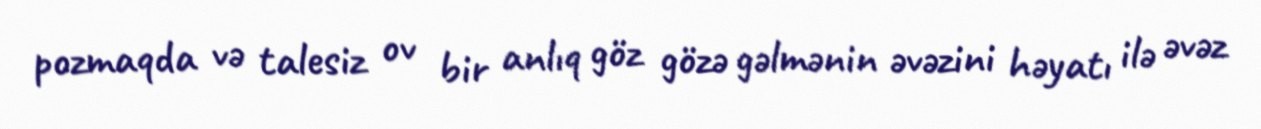
pozmaqda və talesiz ov bir anlıq göz gözə gəlmənin əvəzini həyatı ilə əvəz